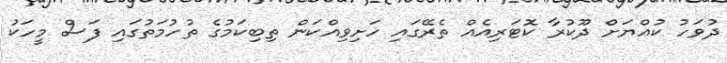
ދުވަހު ކުއްޔަށް ދޫކުރާ ކޮޓަރިއެއް ތެރޭގައި ހަށިވިއްކަން ތިބިކަމުގެ ތުހުމަތުގައި ފަސް މީހަކު